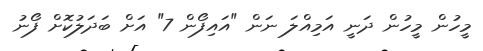
މީހުން މީހުން ދަނީ އަމިއްލަ ނަން "އައިފޯން 7" އަށް ބަދަލުކޮށް ފޯނު